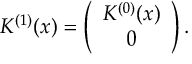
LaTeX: K ^ { ( 1 ) } ( x ) = \left( \begin{array} { c } { { K ^ { ( 0 ) } ( x ) } } \\ { { 0 } } \end{array} \right) .